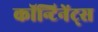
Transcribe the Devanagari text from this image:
कॉन्टिनेंट्स